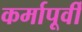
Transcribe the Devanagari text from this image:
कर्मापूर्वी